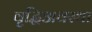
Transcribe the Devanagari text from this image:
वृद्धिअवस्था